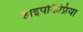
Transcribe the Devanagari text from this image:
हाइपोकैप्निया